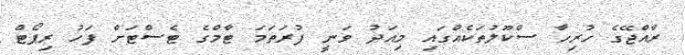
ރާއްޖޭގެ ހުރިހާ ސްކޫލުތަކެއްގައި މިއަދު ވަނީ ފުރަތަމަ ޓާމްގެ ޓެސްޓަށް ފަހު ރިޕޯޓް